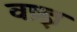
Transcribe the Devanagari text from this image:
वष्र्ज्ञ